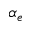
\alpha _ { e }